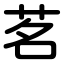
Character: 茗